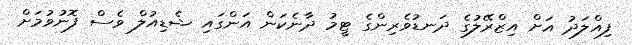
ފިއްލަދު އަށް އިޒްރޭލުގެ ދަނޑުވެރިންގެ ޓީމު ދާނެކަން އަންގައި ޝެޑިއުލް ވެސް ފޮނުވުމަށް